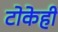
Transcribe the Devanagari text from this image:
टोकेही